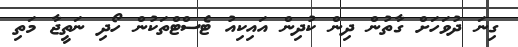
ގިނަ ދުވަހަށް ގާތުން ދިން ކުދިން އައިކިއު ޓެސްޓްތަކުން ހޯދި ނަތީޖާ މަތި